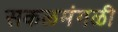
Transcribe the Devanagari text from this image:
सकळमंगळी